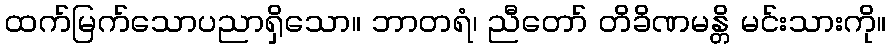
ထက်မြက်သောပညာရှိသော။ ဘာတရံ၊ ညီတော် တိခိဏမန္တိ မင်းသားကို။